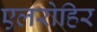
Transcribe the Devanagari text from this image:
एलरोहिर